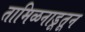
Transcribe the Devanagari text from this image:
तामिळनाडूतून